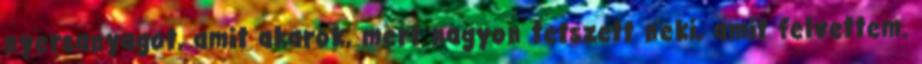
nyersanyagot, amit akarok, mert nagyon tetszett neki, amit felvettem.